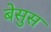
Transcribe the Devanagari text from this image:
बेसुस